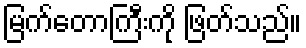
မြက်တောကြီးကို ဖြတ်သည်။